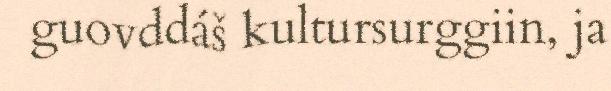
guovddáš kultursurggiin, ja